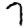
Digit: 7